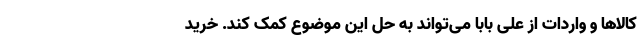
کالاها و واردات از علی بابا می‌تواند به حل این موضوع کمک کند. خرید